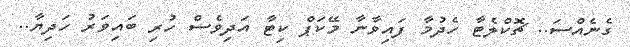
ގެނެއްސަ.. ޗޮކްލެޓާ ހެދުމާ ފައިވާނާ މޭކަޕް ކިޓާ އަދިވެސް ހުރި ބައިވަރު ހަދިޔާ..